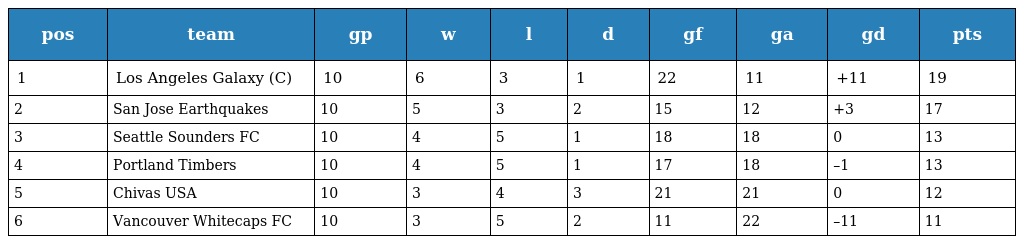
| pos | team | gp | w | l | d | gf | ga | gd | pts |
 | --- | --- | --- | --- | --- | --- | --- | --- | --- | --- |
 | 1 | Los Angeles Galaxy (C) | 10 | 6 | 3 | 1 | 22 | 11 | +11 | 19 |
 | 2 | San Jose Earthquakes | 10 | 5 | 3 | 2 | 15 | 12 | +3 | 17 |
 | 3 | Seattle Sounders FC | 10 | 4 | 5 | 1 | 18 | 18 | 0 | 13 |
 | 4 | Portland Timbers | 10 | 4 | 5 | 1 | 17 | 18 | –1 | 13 |
 | 5 | Chivas USA | 10 | 3 | 4 | 3 | 21 | 21 | 0 | 12 |
 | 6 | Vancouver Whitecaps FC | 10 | 3 | 5 | 2 | 11 | 22 | –11 | 11 |